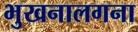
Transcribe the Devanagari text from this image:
भुखनालगना